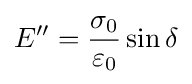
E''={\frac {\sigma _{0}}{\varepsilon _{0}}}\sin \delta